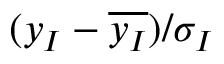
( y _ { I } - \overline { { y _ { I } } } ) / \sigma _ { I }